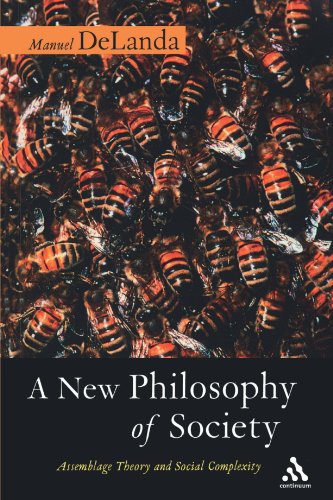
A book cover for A New Philosophy of Society: Assemblage Theory and Social Complexity; Manuel DeLanda; Politics & Social Sciences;